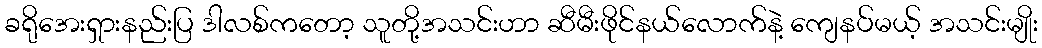
ခရိုအေးရှားနည်းပြ ဒါလစ်ကတော့ သူတို့အသင်းဟာ ဆီမီးဖိုင်နယ်လောက်နဲ့ ကျေနပ်မယ့် အသင်းမျိုး